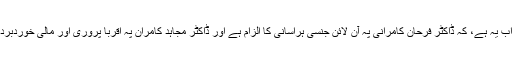
جواب یہ ہے، کہ ڈاکٹر فرحان کامرانی پہ آن لائن جنسی ہراسانی کا الزام ہے اور ڈاکٹر مجاہد کامران پہ اقربا پروری اور مالی خوردبرد کا۔